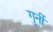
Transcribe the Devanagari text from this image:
गुर्नी